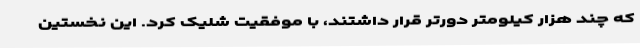
که چند هزار کیلومتر دورتر قرار داشتند، با موفقیت شلیک کرد. این نخستین